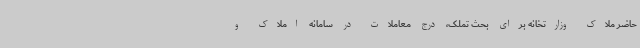
حاضر ملاک وزارتخانه برای بحث تملک، درج معاملات در سامانه املاک و